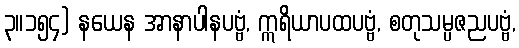
၃။၁၅၄) နယေန အာနာပါနပဗ္ဗံ, ဣရိယာပထပဗ္ဗံ, စတုသမ္ပဇညပဗ္ဗံ,